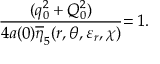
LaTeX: \frac { ( q _ { 0 } ^ { 2 } + Q _ { 0 } ^ { 2 } ) } { 4 a ( 0 ) \overline { { { \eta } } } _ { 5 } ( r , \theta , \varepsilon _ { r } , \chi ) } { = 1 . }